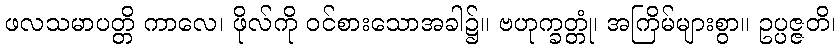
ဖလသမာပတ္တိ ကာလေ၊ ဖိုလ်ကို ဝင်စားသောအခါ၌။ ဗဟုက္ခတ္တုံ၊ အကြိမ်များစွာ။ ဥပ္ပဇ္ဇတိ၊